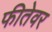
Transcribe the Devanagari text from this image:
फीतेवर